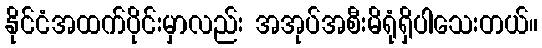
နိုင်ငံအထက်ပိုင်းမှာလည်း အအုပ်အစီးမိရုံရှိပါသေးတယ်။